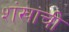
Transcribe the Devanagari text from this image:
शंखांची